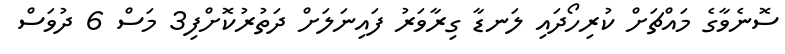
ސޮނެވާގެ މައްޗަށް ކުރިހޯދައި ލަނޑާ ގިރާވަރު ފައިނަލަށް ދަތުރުކޮށްފި3 މަސް 6 ދުވަސް